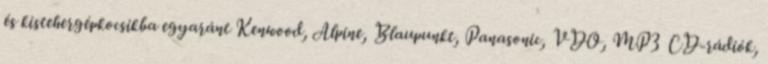
és kistehergépkocsikba egyaránt Kenwood, Alpine, Blaupunkt, Panasonic, VDO, MP3 CD-rádiók,